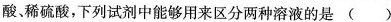
酸、稀硫酸，下列试剂中能够用来区分两种溶液的是()